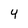
Character: 4